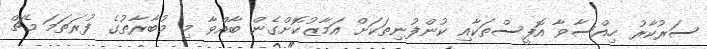
ސަރުކާރު ހިއްސާވާ އޮފީސްތަކާއި ކުންފުނިތަކަށް އަމާޒުކޮށްގެން ބާއްވާ މި މުބާރާތުގެ ފުރަތަމަ މެޗް